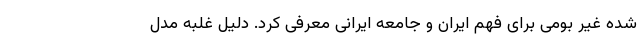
شده غیر بومی برای فهم ایران و جامعه ایرانی معرفی کرد. دلیل غلبه مدل